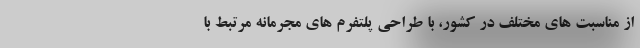
از مناسبت های مختلف در کشور، با طراحی پلتفرم های مجرمانه مرتبط با